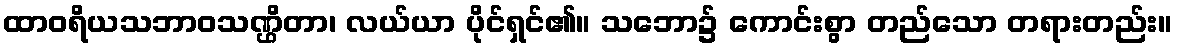
ထာဝရိယသဘာဝသဏ္ဌိတာ၊ လယ်ယာ ပိုင်ရှင်၏။ သဘော၌ ကောင်းစွာ တည်သော တရားတည်း။